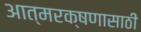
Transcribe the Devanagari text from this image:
आत्मरक्षणासाठी